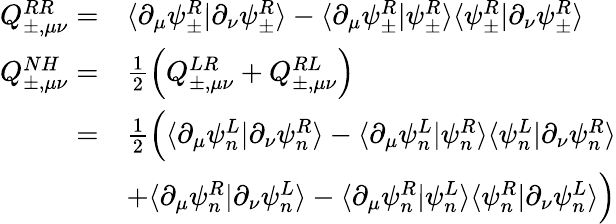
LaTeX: \begin{array}{rl}{Q_{\pm,\mu\nu}^{RR}=}&{\langle\partial_{\mu}\psi_{\pm}^{R}|\partial_{\nu}\psi_{\pm}^{R}\rangle-\langle\partial_{\mu}\psi_{\pm}^{R}|\psi_{\pm}^{R}\rangle\langle\psi_{\pm}^{R}|\partial_{\nu}\psi_{\pm}^{R}\rangle}\\ {Q_{\pm,\mu\nu}^{NH}=}&{\frac{1}{2}\Big(Q_{\pm,\mu\nu}^{LR}+Q_{\pm,\mu\nu}^{RL}\Big)}\\ {=}&{\frac{1}{2}\Big(\langle\partial_{\mu}\psi_{n}^{L}|\partial_{\nu}\psi_{n}^{R}\rangle-\langle\partial_{\mu}\psi_{n}^{L}|\psi_{n}^{R}\rangle\langle\psi_{n}^{L}|\partial_{\nu}\psi_{n}^{R}\rangle}\\ &{+\langle\partial_{\mu}\psi_{n}^{R}|\partial_{\nu}\psi_{n}^{L}\rangle-\langle\partial_{\mu}\psi_{n}^{R}|\psi_{n}^{L}\rangle\langle\psi_{n}^{R}|\partial_{\nu}\psi_{n}^{L}\rangle\Big)}\end{array}